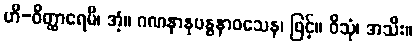
ဟိ-ဝိတ္ထာရေမိ၊ အံ့။ ဂဏနာနုဗန္ဓနာဝသေန၊ ဖြင့်။ ဝိသုံ၊ အသီး။